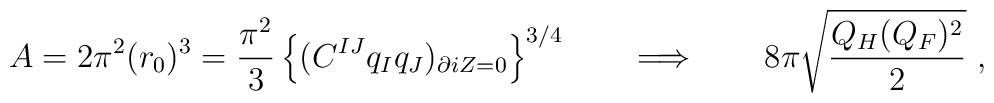
A= 2\pi^2 (r_0)^3 = {\pi^2\over 3} \left\{ (C^{IJ} q_I q_J)_{\partial iZ=0}\right\}^{3/4} \qquad  \Longrightarrow  \qquad  8\pi \sqrt {Q_H (Q_F)^2\over 2} \ ,